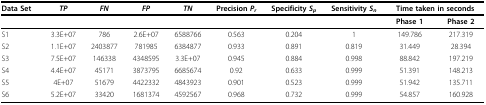
<table><thead><tr><td><b>Data Set</b></td><td><b><i>TP</i></b></td><td><b><i>FN</i></b></td><td><b><i>FP</i></b></td><td><b><i>TN</i></b></td><td><b>Precision <i>P<sub>r</sub></i></b></td><td><b>Specificity <i>S<sub>p </sub></i></b></td><td><b>Sensitivity <i>S<sub>n </sub></i></b></td><td colspan="2"><b>Time taken in seconds </b></td></tr></thead><tbody><tr><td></td><td></td><td></td><td></td><td></td><td></td><td></td><td></td><td><b>Phase 1 </b></td><td><b>Phase 2</b></td></tr><tr><td>S1</td><td>3.3E+07</td><td>786</td><td>2.6E+07</td><td>6588766</td><td>0.563</td><td>0.204</td><td>1</td><td>149.786</td><td>217.319</td></tr><tr><td>S2</td><td>1.1E+07</td><td>2403877</td><td>781985</td><td>6384877</td><td>0.933</td><td>0.891</td><td>0.819</td><td>31.449</td><td>28.394</td></tr><tr><td>S3</td><td>7.5E+07</td><td>146338</td><td>4348595</td><td>3.3E+07</td><td>0.945</td><td>0.884</td><td>0.998</td><td>88.842</td><td>197.219</td></tr><tr><td>S4</td><td>4.4E+07</td><td>45171</td><td>3873795</td><td>6685674</td><td>0.92</td><td>0.633</td><td>0.999</td><td>51.391</td><td>148.213</td></tr><tr><td>S5</td><td>4E+07</td><td>51679</td><td>4422332</td><td>4843923</td><td>0.901</td><td>0.523</td><td>0.999</td><td>51.942</td><td>135.711</td></tr><tr><td>S6</td><td>5.2E+07</td><td>33420</td><td>1681374</td><td>4592567</td><td>0.968</td><td>0.732</td><td>0.999</td><td>54.857</td><td>160.928</td></tr></tbody></table>